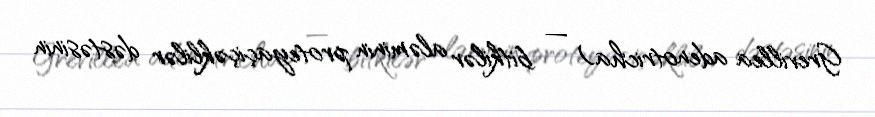
Grevillea adenotricha) — bitkilər aləminin proteyaçiçəklilər dəstəsinin